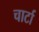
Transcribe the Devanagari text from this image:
चार्टा